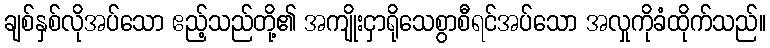
ချစ်နှစ်လိုအပ်သော ဧည့်သည်တို့၏ အကျိုးငှာရိုသေစွာစီရင်အပ်သော အလှုကိုခံထိုက်သည်။